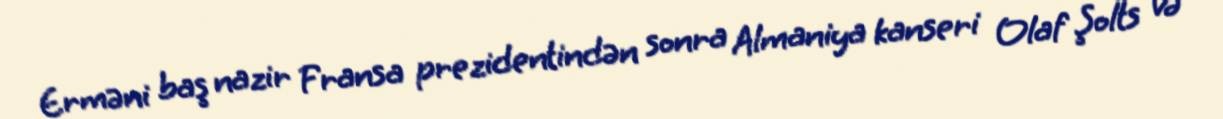
Erməni baş nazir Fransa prezidentindən sonra Almaniya kanseri Olaf Şolts və